Indian journal of veterinary science and animal husbandry - Volumes 18-21, 1948-1951
Year: 1948
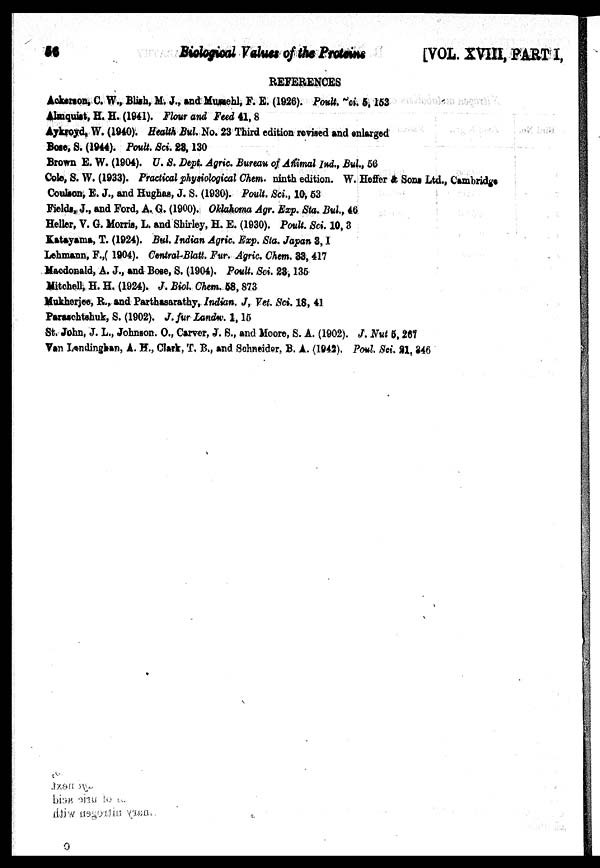
56
Biological
Values
of the
Proteins
[VOL. XVIII, PART I,
REFERENCES
Ackerson, C. W., Blish, M. J., and Mumehl, F. E. (1926). Poult. ci. 5, 153
Almquist, H. H. (1941). Flour and Feed 41, 8
Aykroyd, W. (1940). Health Bul. No. 23 Third edition revised and enlarged
Bose, S. (1944). Poult. Sci. 28, 130
Brown E. W. (1904). U. S. Dept. Agric. Bureau of Animal Ind., Bul, 56
Cole, S. W. (1933). Practical physiological Chem. ninth edition. W. Heffer & Sons Ltd., Cambridge
Coulson, E. J., and Hughas, J. S. (1930). Poult. Sci., 10, 53
Fields, J., and Ford, A. G. (1900). Oklahoma Agr. Exp. Sta. Bul., 46
Heller, V. G. Morris, L. and Shirley, H. E. (1930). Poult. Sci. 10, 3
Katayama, T. (1924). Bul. Indian Agric. Exp. Sta. Japan 3, 1
Lehmann, F.,( 1904). Central-Blatt. Fur. Agric. Chem. 33, 417
Macdonald, A. J., and Bose, S. (1904). Poult. Sci. 23, 135
Mitchell, H. H. (1924). J. Biol. Chem. 58, 873
Mukherjee, R., and Parthasarathy, Indian. J, Vet. Sci. 18, 41
Paraschtehuk, S. (1902). J. fur Land w. 1, 15
St. John, J. L., Johnson. O., Carver, J. S., and Moore, S. A. (1902). J. Nut 5, 267
Van Landinghan, A. H., Clark, T. B., and Schneider, B. A. (1942). Poul Sci. 21, 246